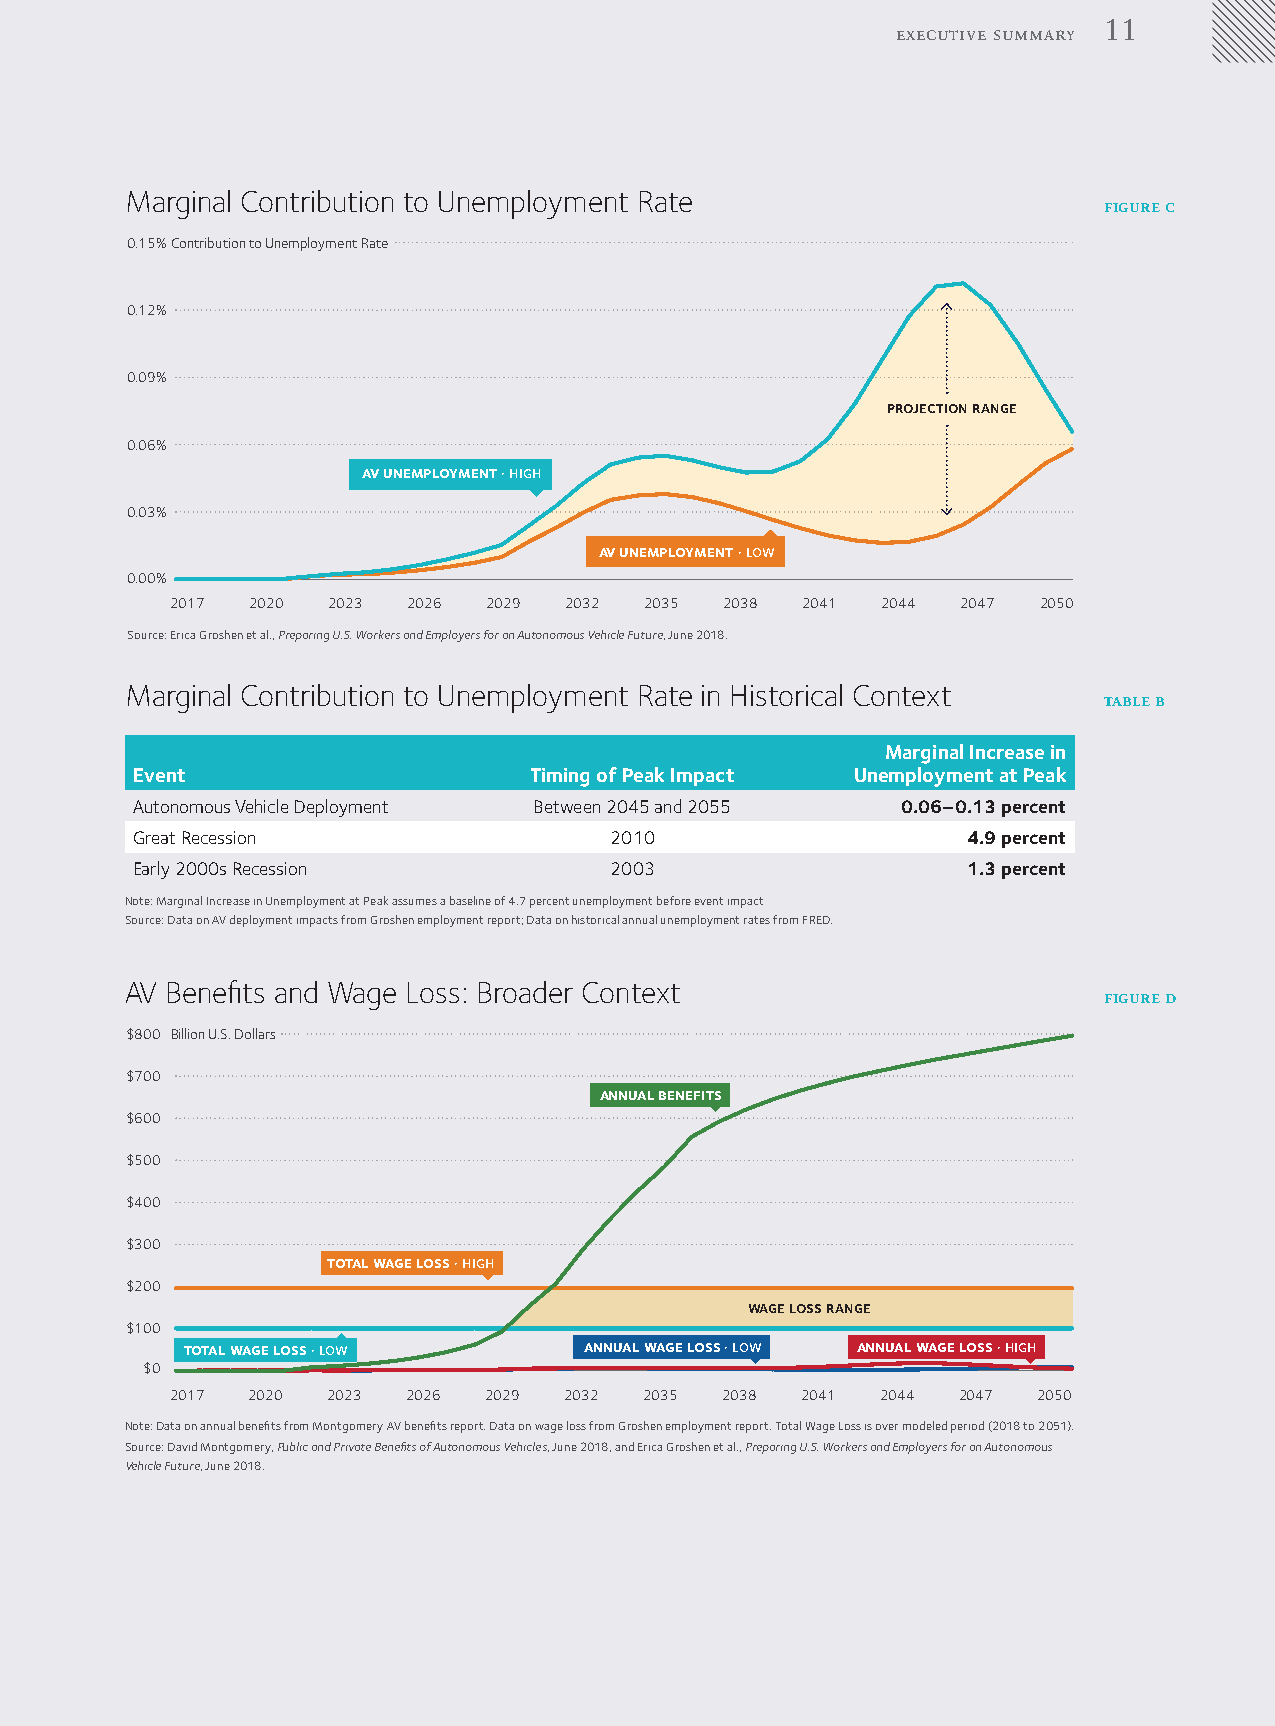
11
 executive summary
 Marginal Contribution to Unemployment Rate
 figure c
 0.15%Contribution to Unemployment Rate
 0.12%
 0.09%
 projection range
 0.06%
 av unemployment · high
 0.03%
 av unemployment · low
 0.00%
 2017 2020  2023 2026 2029 2032  2035 2038 2041 2044  2047 2050
 Source: Erica Groshen et al., Preparing U.S. Workers and Employers for an Autonomous Vehicle Future, June 2018.
 Marginal Contribution to Unemployment Rate in Historical Context
 table b
 Marginal Increase in
 Event                     Timing of Peak Impact Unemployment at Peak
 Autonomous Vehicle Deployment Between 2045 and 2055 0.06–0.13 percent
 Great Recession                2010                    4.9 percent
 Early 2000s Recession          2003                    1.3 percent
 Note: Marginal Increase in Unemployment at Peak assumes a baseline of 4.7 percent unemployment before event impact
 Source: Data on AV deployment impacts from Groshen employment report; Data on historical annual unemployment rates from FRED.
 AV Benefits and Wage Loss: Broader Context
 figure d
 $800 Billion U.S. Dollars
 $700
 annual benefits
 $600
 $500
 $400
 $300
 total wage loss · high
 $200
 wage loss range
 $100
 total wage loss · low      annual wage loss · low annual wage loss · high
 $0
 2017 2020  2023 2026 2029 2032  2035 2038 2041 2044 2047  2050
 Note: Data on annual benefits from Montgomery AV benefits report. Data on wage loss from Groshen employment report. Total Wage Loss is over modeled period (2018 to 2051).
 Source: David Montgomery, Public and Private Benefits of Autonomous Vehicles, June 2018, and Erica Groshen et al., Preparing U.S. Workers and Employers for an Autonomous
 Vehicle Future, June 2018.